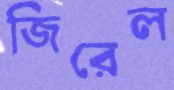
জিরেল